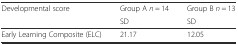
| Developmental score | Group A n = 14 | Group B n = 13 |
 |  | SD | SD |
 | --- | --- | --- |
 | Early Learning Composite (ELC) | 21.17 | 12.05 |